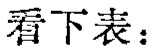
看下表：